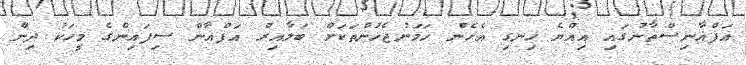
އަފްޣާނިސްތާނުގައި އިއްޔެ ހިނގި އެހެން ހަމަނުޖެހުންތަކަށް ބަލާއިރު އަފްޣާން ސިފައިންގެ މީހަކު ދިން